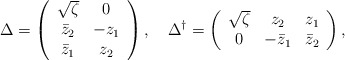
\begin{align*}\Delta=\left(\begin{array}{cc} \sqrt{\zeta}& 0 \\ \bar z_2 & -z_1\\ \bar z_1 & z_2 \end{array}\right),\quad\Delta^\dagger=\left(\begin{array}{ccc} \sqrt{\zeta}& z_2 &z_1\\ 0 & -\bar z_1 & \bar z_2 \end{array}\right),\end{align*}